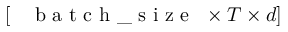
\left[ \mathrm { ~ \texttt ~ { ~ b ~ a ~ t ~ c ~ h ~ \_ ~ s ~ i ~ z ~ e ~ } ~ } \times T \times d \right]